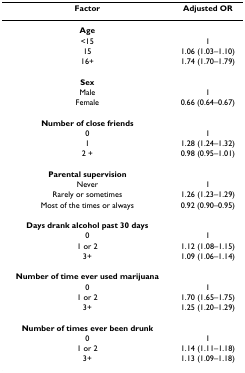
| Factor | Adjusted OR |
 | --- | --- |
 | Age |  |
 | <15 | 1 |
 | 15 | 1.06 (1.03–1.10) |
 | 16+ | 1.74 (1.70–1.79) |
 | Sex |  |
 | Male | 1 |
 | Female | 0.66 (0.64–0.67) |
 | Number of close friends |  |
 | 0 | 1 |
 | 1 | 1.28 (1.24–1.32) |
 | 2 + | 0.98 (0.95–1.01) |
 | Parental supervision |  |
 | Never | 1 |
 | Rarely or sometimes | 1.26 (1.23–1.29) |
 | Most of the times or always | 0.92 (0.90–0.95) |
 | Days drank alcohol past 30 days |  |
 | 0 | 1 |
 | 1 or 2 | 1.12 (1.08–1.15) |
 | 3+ | 1.09 (1.06–1.14) |
 | Number of time ever used marijuana |  |
 | 0 | 1 |
 | 1 or 2 | 1.70 (1.65–1.75) |
 | 3+ | 1.25 (1.20–1.29) |
 | Number of times ever been drunk |  |
 | 0 | 1 |
 | 1 or 2 | 1.14 (1.11–1.18) |
 | 3+ | 1.13 (1.09–1.18) |